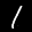
Label: 1